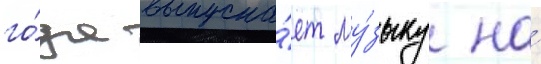
го́да выпуска́ет му́зыку на́